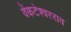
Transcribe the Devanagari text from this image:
वेंकटेश्वरराव